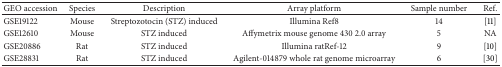
<table><thead><tr><td><b>GEO accession</b></td><td><b>Species</b></td><td><b>Description</b></td><td><b>Array platform</b></td><td><b>Sample number</b></td><td><b>Ref.</b></td></tr></thead><tbody><tr><td>GSE19122</td><td>Mouse</td><td>Streptozotocin (STZ) induced</td><td>Illumina Ref8</td><td>14</td><td>[11]</td></tr><tr><td>GSE12610</td><td>Mouse</td><td>STZ induced</td><td>Affymetrix mouse genome 430 2.0 array</td><td>5</td><td>NA</td></tr><tr><td>GSE20886</td><td>Rat</td><td>STZ induced</td><td>Illumina ratRef-12</td><td>9</td><td>[10]</td></tr><tr><td>GSE28831</td><td>Rat</td><td>STZ induced</td><td>Agilent-014879 whole rat genome microarray</td><td>6</td><td>[30]</td></tr></tbody></table>